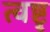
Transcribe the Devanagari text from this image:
त्वष्टृ